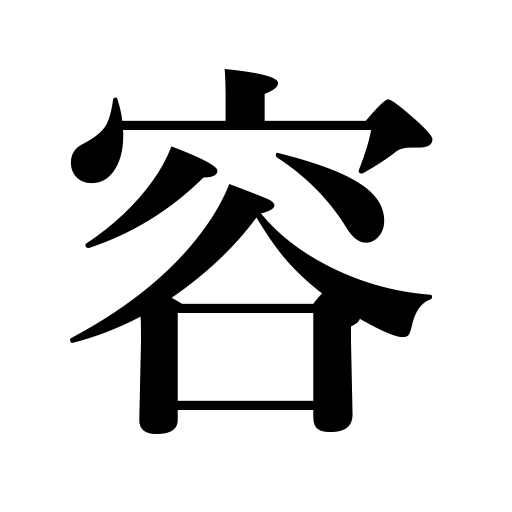
Meanings: form,looks